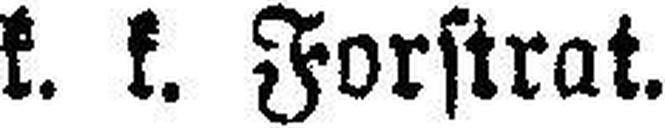
k. k. Forstrat.